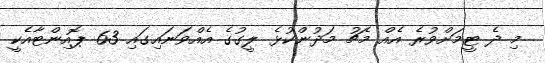
މި ދެ ޓީމަށްވުރެ އެއް މެޗު މަދުންކުޅެ ލީގުގެ އެއްވަނައިގައި 63 ޕޮއިންޓާއެކީ